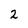
Character: 2